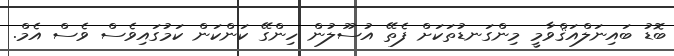
ބޮޑު ބައިނަލްއަޤްވާމީ މިންގަނޑުތަކަށް ފެތޭ އުސޫލުން ހިންގޭ ކަންކަން ކަމުގައިވެސް ވެސް އެމް.